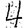
Digit: 4